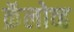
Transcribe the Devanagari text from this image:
क्रॅलोव्ह